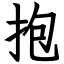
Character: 抱